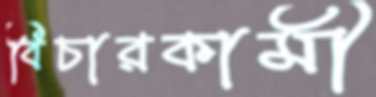
বিচারকামী